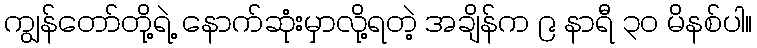
ကျွန်တော်တို့ရဲ့ နောက်ဆုံးမှာလို့ရတဲ့ အချိန်က ၉ နာရီ ၃၀ မိနစ်ပါ။